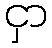
ငှာ